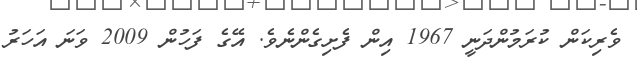
ވެރިކަން ކުރަމުންދަނީ 1967 އިން ފެށިގެންނެވެ. އޭގެ ފަހުން 2009 ވަނަ އަހަރު